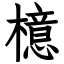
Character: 檍